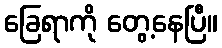
ခြေရာကို တွေ့နေပြီ။